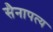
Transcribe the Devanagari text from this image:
सैनापत्य